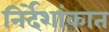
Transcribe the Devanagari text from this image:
निर्देशांकात